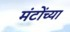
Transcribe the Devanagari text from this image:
मंटोंच्या